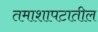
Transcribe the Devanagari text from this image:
तमाशापटातील